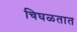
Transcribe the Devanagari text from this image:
चिघळतात